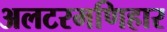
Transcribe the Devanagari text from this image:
अलटरमणिहार